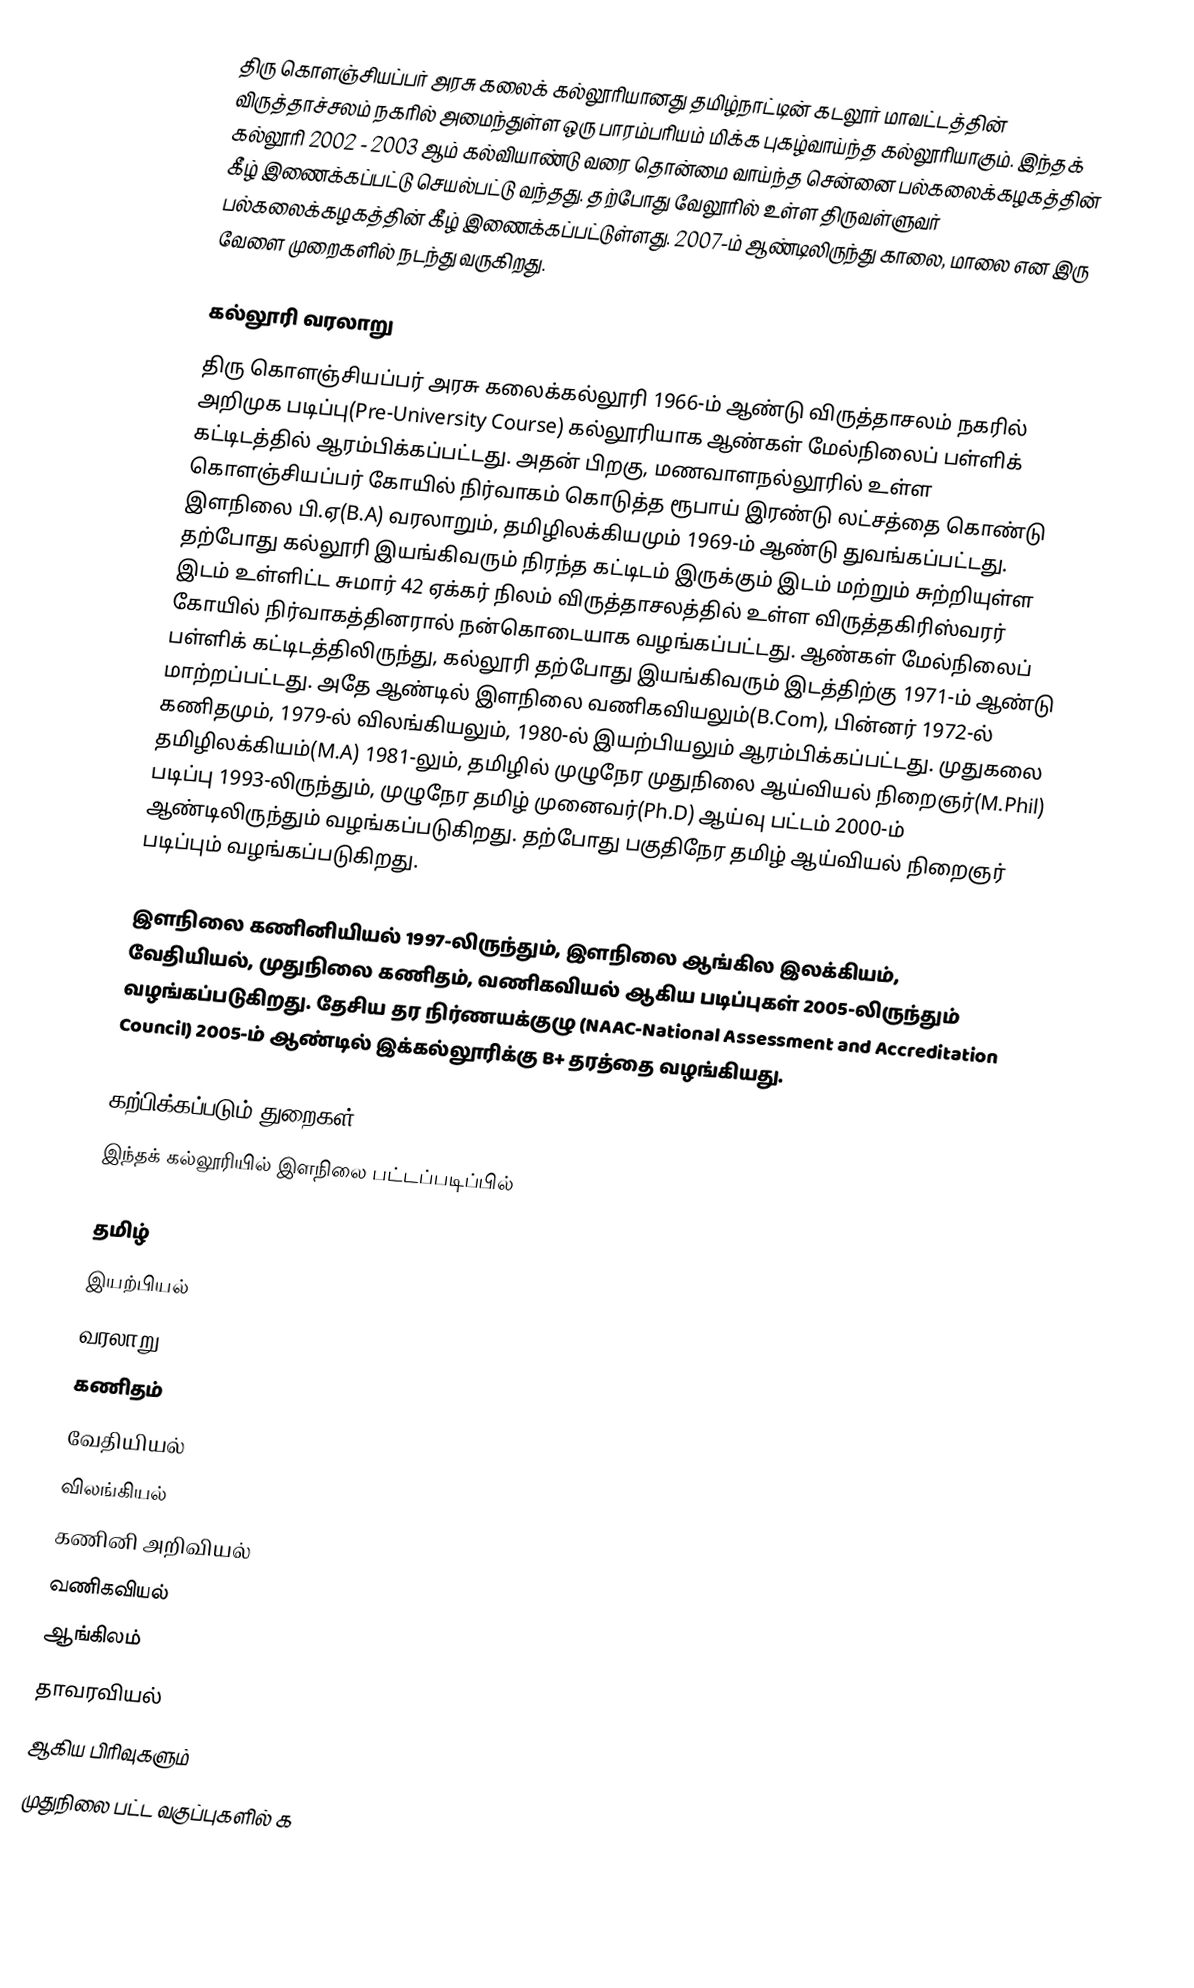
திரு கொளஞ்சியப்பர் அரசு கலைக் கல்லூரியானது தமிழ்நாட்டின் கடலூர் மாவட்டத்தின் விருத்தாச்சலம் நகரில் அமைந்துள்ள ஒரு பாரம்பரியம் மிக்க புகழ்வாய்ந்த கல்லூரியாகும். இந்தக் கல்லூரி 2002 - 2003 ஆம் கல்வியாண்டு வரை தொன்மை வாய்ந்த சென்னை பல்கலைக்கழகத்தின் கீழ் இணைக்கப்பட்டு செயல்பட்டு வந்தது. தற்போது வேலூரில் உள்ள திருவள்ளுவர் பல்கலைக்கழகத்தின் கீழ் இணைக்கப்பட்டுள்ளது. 2007-ம் ஆண்டிலிருந்து காலை, மாலை என இரு வேளை முறைகளில் நடந்து வருகிறது.

கல்லூரி வரலாறு
திரு கொளஞ்சியப்பர் அரசு கலைக்கல்லூரி 1966-ம் ஆண்டு விருத்தாசலம் நகரில் அறிமுக படிப்பு(Pre-University Course) கல்லூரியாக ஆண்கள் மேல்நிலைப் பள்ளிக் கட்டிடத்தில் ஆரம்பிக்கப்பட்டது.  அதன் பிறகு, மணவாளநல்லூரில் உள்ள கொளஞ்சியப்பர் கோயில் நிர்வாகம் கொடுத்த ரூபாய் இரண்டு லட்சத்தை கொண்டு இளநிலை பி.ஏ(B.A) வரலாறும், தமிழிலக்கியமும் 1969-ம் ஆண்டு துவங்கப்பட்டது.  தற்போது கல்லூரி இயங்கிவரும் நிரந்த கட்டிடம் இருக்கும் இடம் மற்றும் சுற்றியுள்ள இடம் உள்ளிட்ட சுமார் 42 ஏக்கர் நிலம் விருத்தாசலத்தில் உள்ள விருத்தகிரிஸ்வரர் கோயில் நிர்வாகத்தினரால் நன்கொடையாக வழங்கப்பட்டது. ஆண்கள் மேல்நிலைப் பள்ளிக் கட்டிடத்திலிருந்து, கல்லூரி தற்போது இயங்கிவரும் இடத்திற்கு 1971-ம் ஆண்டு மாற்றப்பட்டது.  அதே ஆண்டில் இளநிலை வணிகவியலும்(B.Com), பின்னர் 1972-ல் கணிதமும், 1979-ல் விலங்கியலும், 1980-ல் இயற்பியலும் ஆரம்பிக்கப்பட்டது.  முதுகலை தமிழிலக்கியம்(M.A) 1981-லும், தமிழில் முழுநேர முதுநிலை ஆய்வியல் நிறைஞர்(M.Phil) படிப்பு 1993-லிருந்தும், முழுநேர தமிழ் முனைவர்(Ph.D) ஆய்வு பட்டம் 2000-ம் ஆண்டிலிருந்தும் வழங்கப்படுகிறது. தற்போது பகுதிநேர தமிழ் ஆய்வியல் நிறைஞர் படிப்பும் வழங்கப்படுகிறது.

இளநிலை கணினியியல் 1997-லிருந்தும், இளநிலை ஆங்கில இலக்கியம், வேதியியல், முதுநிலை கணிதம், வணிகவியல் ஆகிய படிப்புகள் 2005-லிருந்தும் வழங்கப்படுகிறது. தேசிய தர நிர்ணயக்குழு (NAAC-National Assessment and Accreditation Council) 2005-ம் ஆண்டில் இக்கல்லூரிக்கு B+ தரத்தை வழங்கியது.

கற்பிக்கப்படும் துறைகள்
இந்தக் கல்லூரியில் இளநிலை பட்டப்படிப்பில்

தமிழ்
இயற்பியல்
வரலாறு
கணிதம்
வேதியியல்
விலங்கியல்
கணினி அறிவியல்
வணிகவியல்
ஆங்கிலம்
தாவரவியல்
ஆகிய பிரிவுகளும்
முதுநிலை பட்ட வகுப்புகளில் க